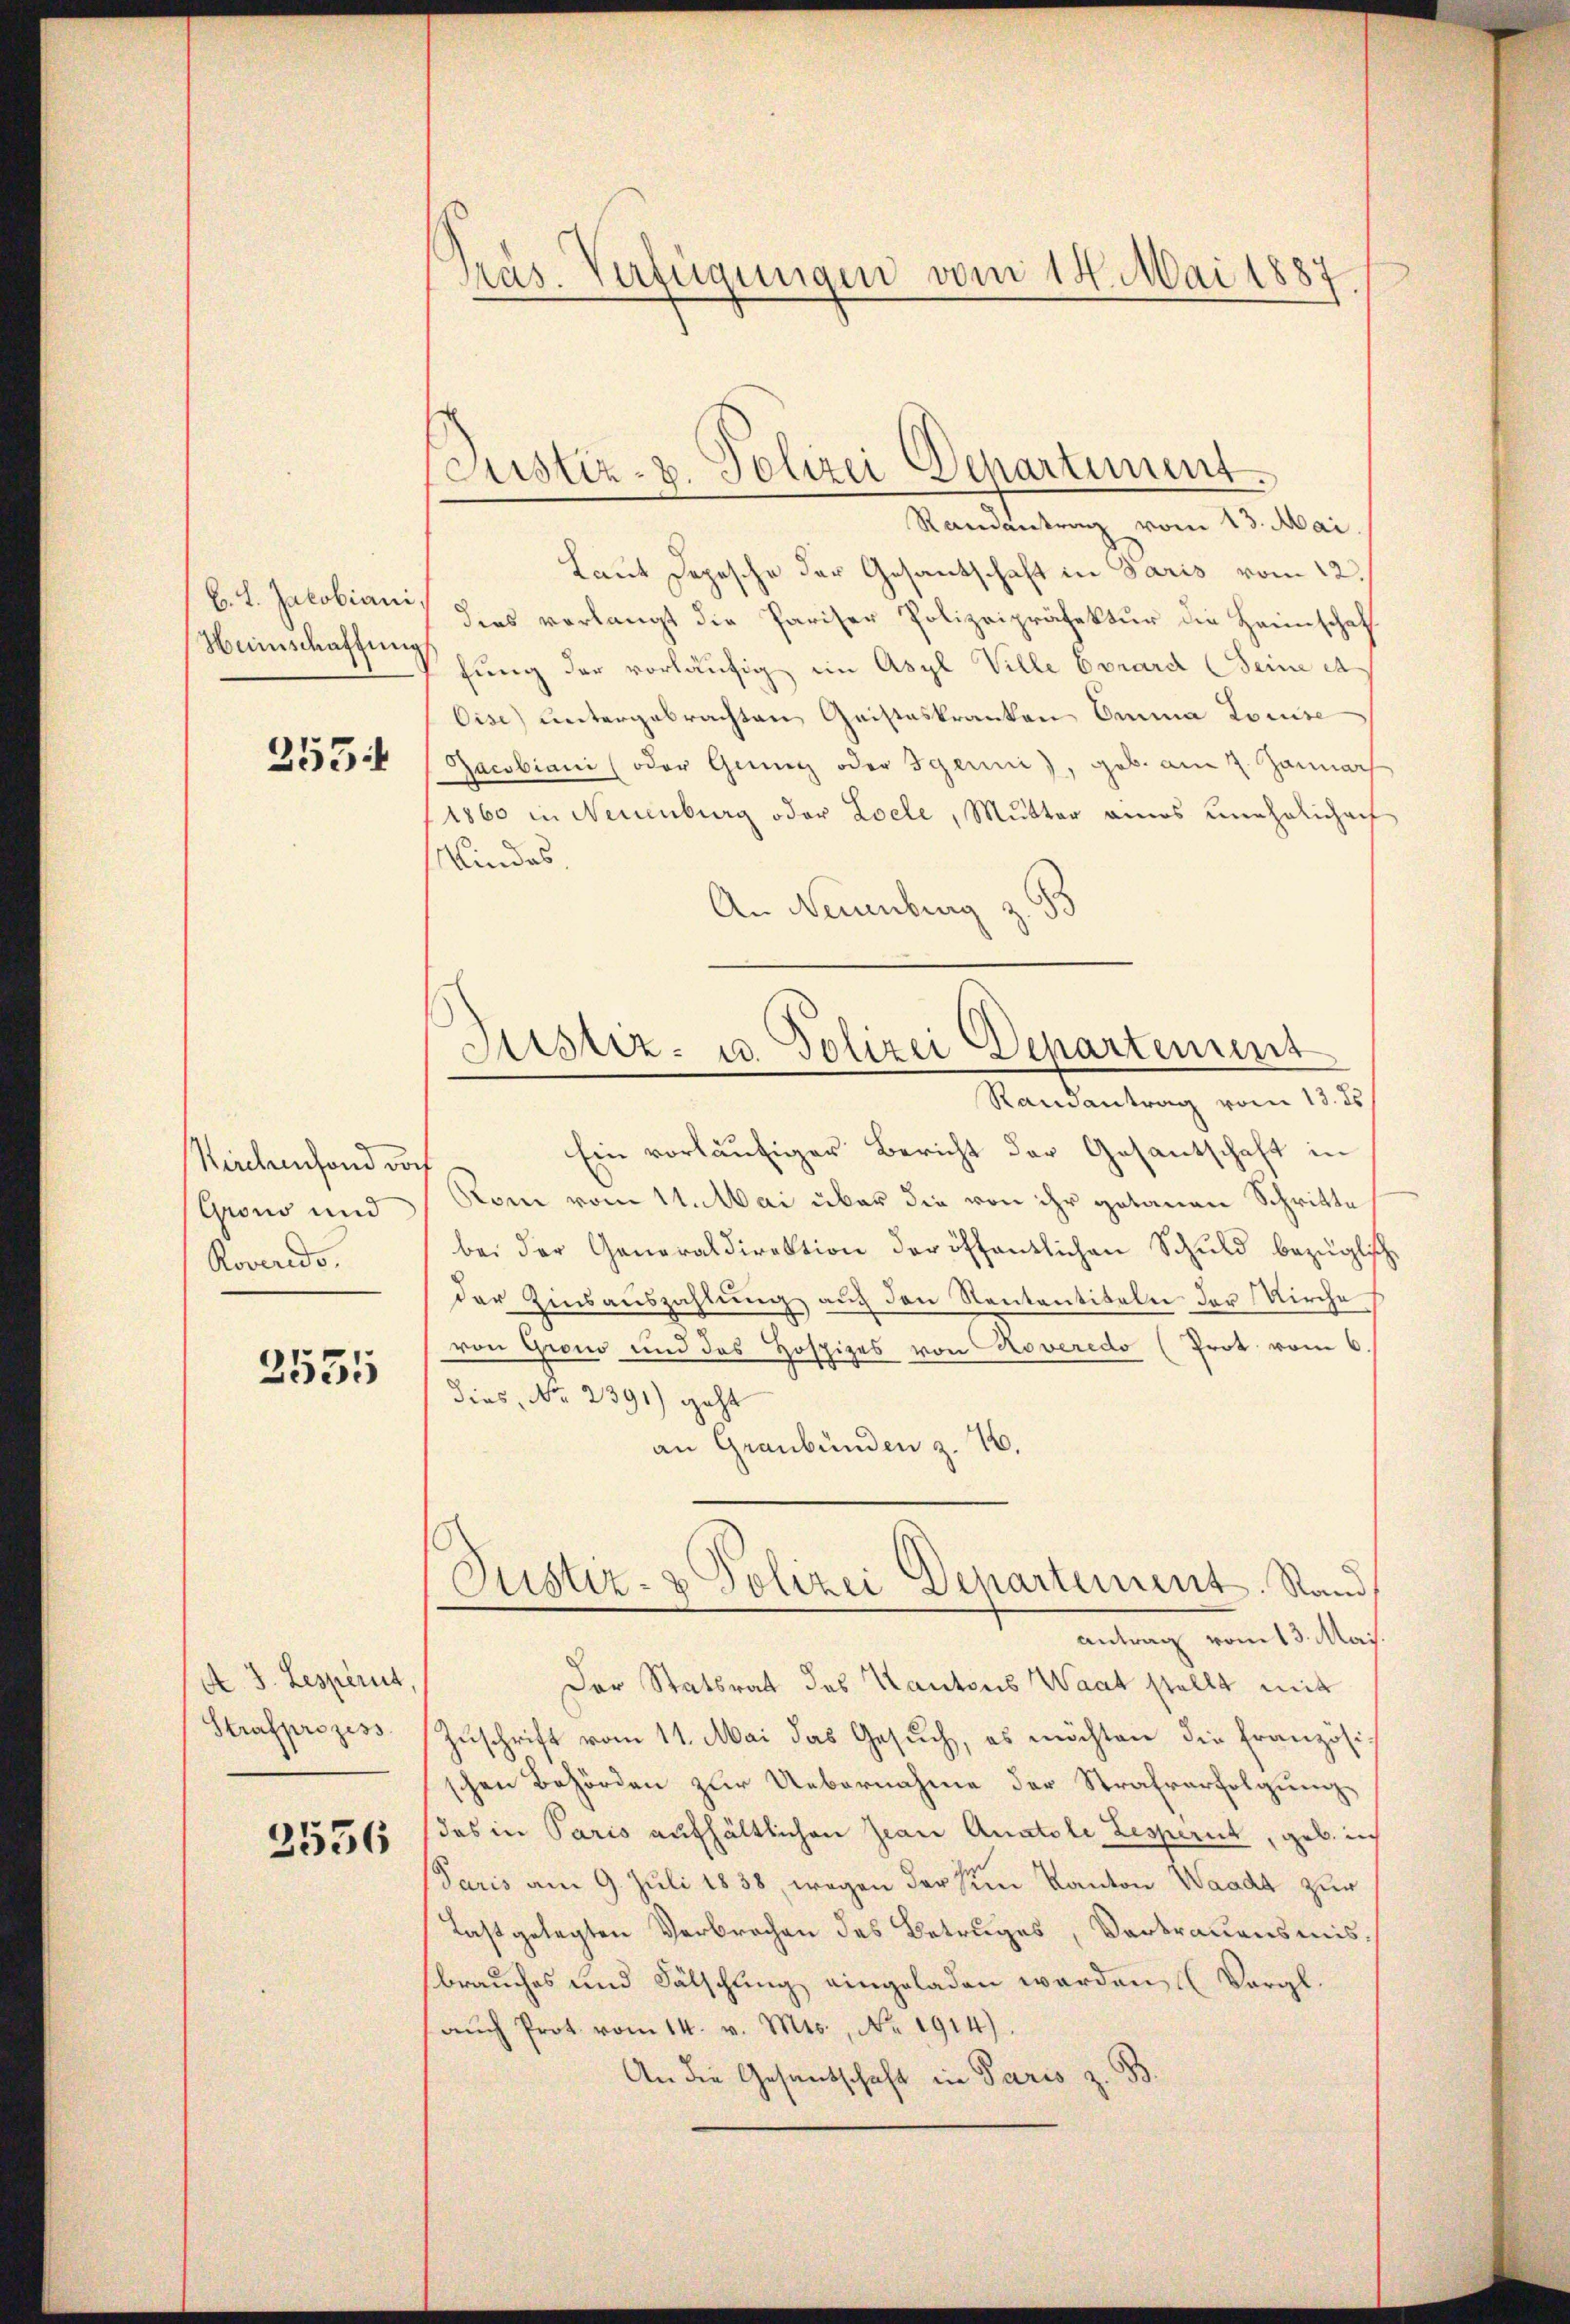
b. J. Jacobiani
Humschaftung

355

Kirchenfond doch
Grono und
Roveredo,

2535

A. 3. Lesperit,
Strafprozess
3556

Präs. Verfügungen vom 14. Mai 1887

Justiz- u. Polizei Departement

Randantrag vom 13. Mai.
Laut Depesche der Gesantschaft in Paris vom 12.
dies verlangt die Pariser Polizeipräfektur die Heimschaf
fung der vorläufig im Asyl Ville Evrard (Seine da
Cise) untergebrachten Geisteskranken Emma Louise
Jacobiani (oder Grung oder Igenni), geb. am 7. Jannach
1860 in Neuenburg oder Loele, Mutter eines unehelichert
Kindes,
An Neuenburg
Ein vorläufiger Bericht der Gesantschaft in
Rom vom 11. Mai über die von ihr getanen Schritte
bei der Generaldirektion der öffentlichen Schuld bezügli
der Zinsauszahlŭng auf den Rentantiteln der Kirche
von Grono und des Hospizes von Roveredo (Prot vom 6
dies, No 2391) geht
an Graubünden z. 16.
Justiz- & Polizei Departement. Stand
antrag vom 13. Mai
Der Statsrat des Kantons Waat stellt mit
Zuschrift vom 11. Mai das Gesuch, es möchten die Französi
schen Behörden zur Uebernahme der Strafverfolgung
(das in Paris aufhältlichen Jean Anatole Zesperit, geb. ins
Paris am 9. Juli 1838, wegen der sein Kanton Waadt zur
Last gelegten Verbrochen des Betruges, Vortrauensmisbrauches und Fälschling eingeladen werden (Vergl
aŭch Prot. vom 14. v. Mts., Nr. 1914).
.
An die Gesandschaft in Paris z

Justiz- u. Polizei Departement
Randantrag vom 13. ds